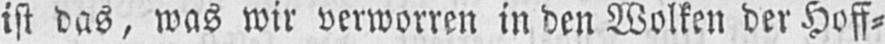
ist das, was wir verworren in den Wolken der Hoff⸗